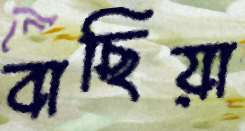
বাছিয়া